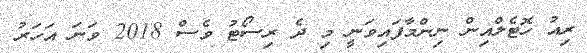
ރިއު ހޮޓެލްއިން ނިންމާފައިވަނީ މި ދެ ރިސޯޓު ވެސް 2018 ވަނަ އަހަރު